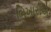
ભિખારીએ